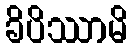
ခိပိဿာမိ